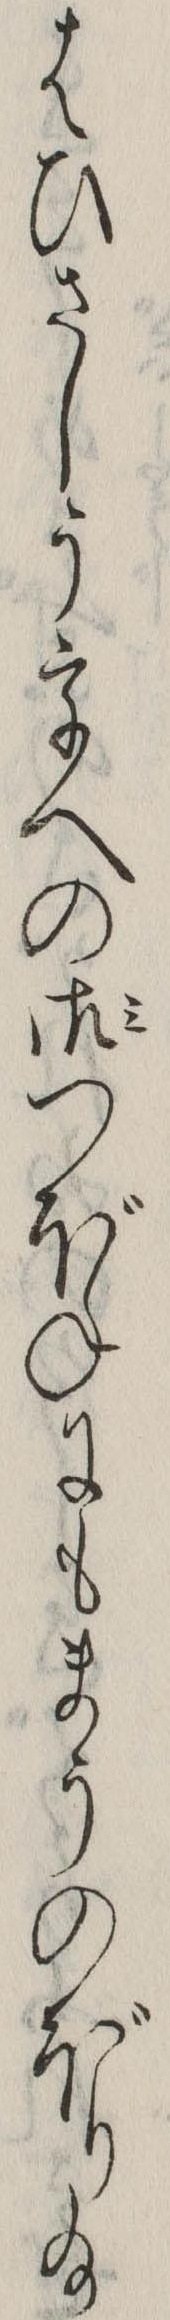
はひさしううへの御つぼねにもまうのぼり給